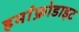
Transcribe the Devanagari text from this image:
हर्माफ्रोडाइट